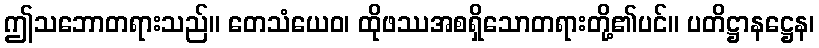
ဤသဘောတရားသည်။ တေသံယေဝ၊ ထိုဖဿအစရှိသောတရားတို့၏ပင်။ ပတိဋ္ဌာနဋ္ဌေန၊